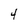
Character: 4